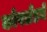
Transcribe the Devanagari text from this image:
कोपलँडने